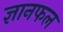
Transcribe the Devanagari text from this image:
ज्ञानफल